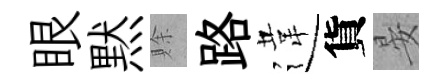
眼黙賖路違貨晏